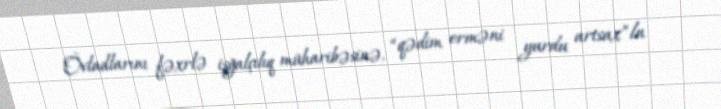
Övladlarını fəxrlə işğalçılıq müharibəsinə, “qədim erməni yurdu artsax”ln